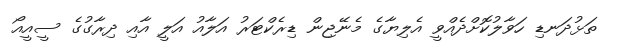
ތަޅުދަނޑި ހަވާލުކޮށްދެއްވީ އެލިޔާގެ މެނޭޖިން ޑިރެކްޓަރު އަލާއު އަލީ އާއި ދިރާގުގެ ސީއީއޯ